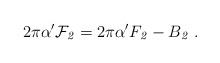
LaTeX: \begin{align*}2\pi\alpha'{\cal F}_{\it 2} = 2\pi\alpha'F_{\it 2} - B_{\it2}\ .\end{align*}